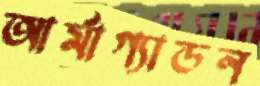
আর্মাগ্যাডন